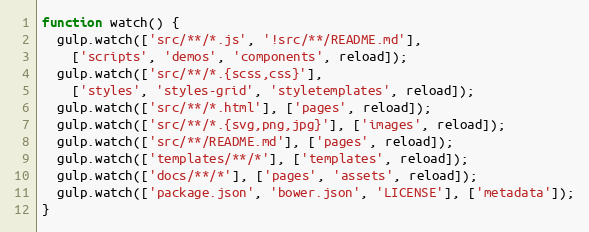
Language: JavaScript
function watch() {
  gulp.watch(['src/**/*.js', '!src/**/README.md'],
    ['scripts', 'demos', 'components', reload]);
  gulp.watch(['src/**/*.{scss,css}'],
    ['styles', 'styles-grid', 'styletemplates', reload]);
  gulp.watch(['src/**/*.html'], ['pages', reload]);
  gulp.watch(['src/**/*.{svg,png,jpg}'], ['images', reload]);
  gulp.watch(['src/**/README.md'], ['pages', reload]);
  gulp.watch(['templates/**/*'], ['templates', reload]);
  gulp.watch(['docs/**/*'], ['pages', 'assets', reload]);
  gulp.watch(['package.json', 'bower.json', 'LICENSE'], ['metadata']);
}